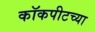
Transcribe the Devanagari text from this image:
कॉकपीटच्या